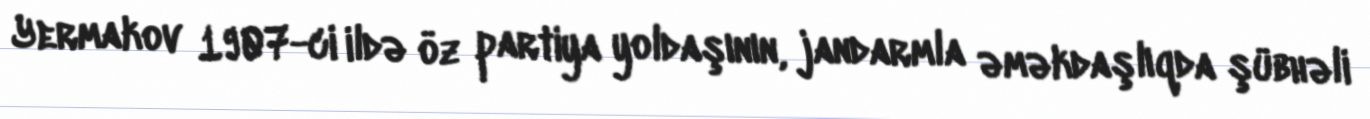
Yermakov 1907-ci ildə öz partiya yoldaşının, jandarmla əməkdaşlıqda şübhəli